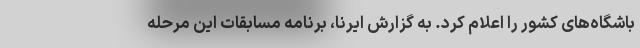
باشگاه‌های کشور را اعلام کرد. به گزارش ایرنا، برنامه مسابقات این مرحله